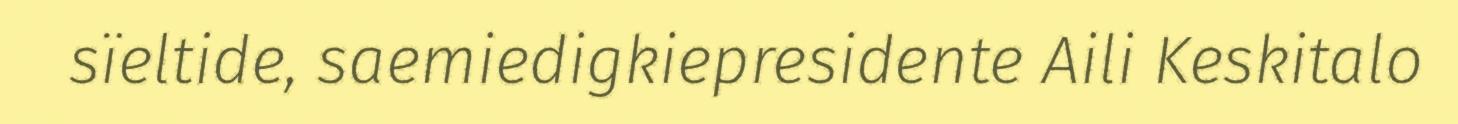
sïeltide, saemiedigkiepresidente Aili Keskitalo